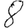
Digit: 8